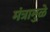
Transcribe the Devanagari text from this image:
मंत्रामुळे